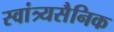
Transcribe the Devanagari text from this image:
स्वांत्र्यसैनिक